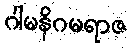
ဂါမနိဂမရာဇ